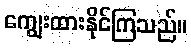
ကျွေးထားနိုင်ကြသည်။